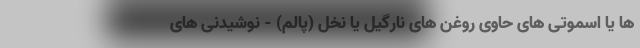
ها یا اسموتی های حاوی روغن های نارگیل یا نخل (پالم) - نوشیدنی های